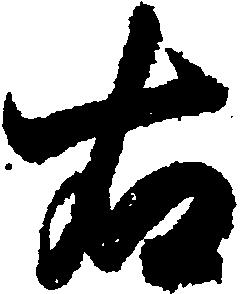
右